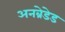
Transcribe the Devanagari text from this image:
अनब्रेडेड